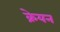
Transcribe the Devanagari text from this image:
क्रेयन